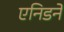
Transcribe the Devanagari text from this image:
एनिडने